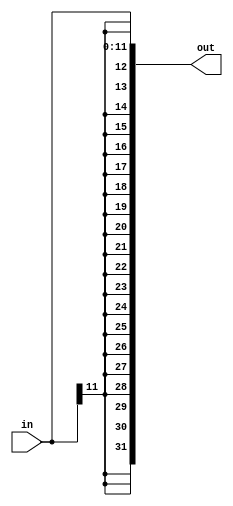
module Sign_Extend(
         in,
         out
       );

input [11:0] in;
output [31:0] out;

wire [19:0] ext = {20{in[11]}};

assign out = {ext, in} ;

endmodule